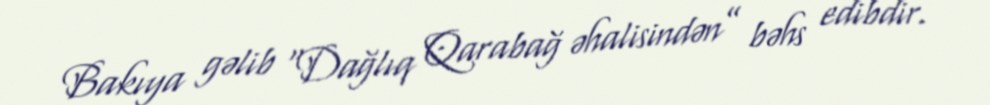
Bakıya gəlib “Dağlıq Qarabağ əhalisindən” bəhs edibdir.